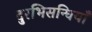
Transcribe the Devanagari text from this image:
दुरभिसन्धियाँ